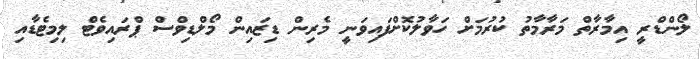
ލޯންޑްރީ އިމާރާތް މަރާމާތު ކުރުމަށް ހަވާލުކޮށްފައިވަނީ މެރިން ޑިޒައިން މޯލްޑިވްސް ޕްރައިވެޓް ލިމިޓެޑާއި